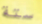
ستة